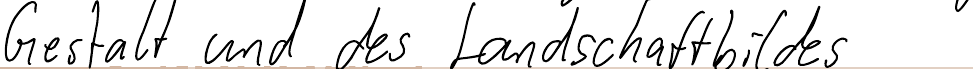
Gestalt und des Landschaftbildes